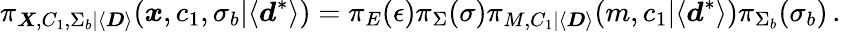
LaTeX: \pi_{\boldsymbol{X},C_{1},\Sigma_{b}|\langle\boldsymbol{D}\rangle}(\boldsymbol{x},c_{1},\sigma_{b}|\langle\boldsymbol{d}^{*}\rangle)=\pi_{E}(\epsilon)\pi_{\Sigma}(\sigma)\pi_{M,C_{1}|\langle\boldsymbol{D}\rangle}(m,c_{1}|\langle\boldsymbol{d}^{*}\rangle)\pi_{\Sigma_{b}}(\sigma_{b})\, .